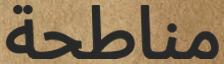
مناطحة